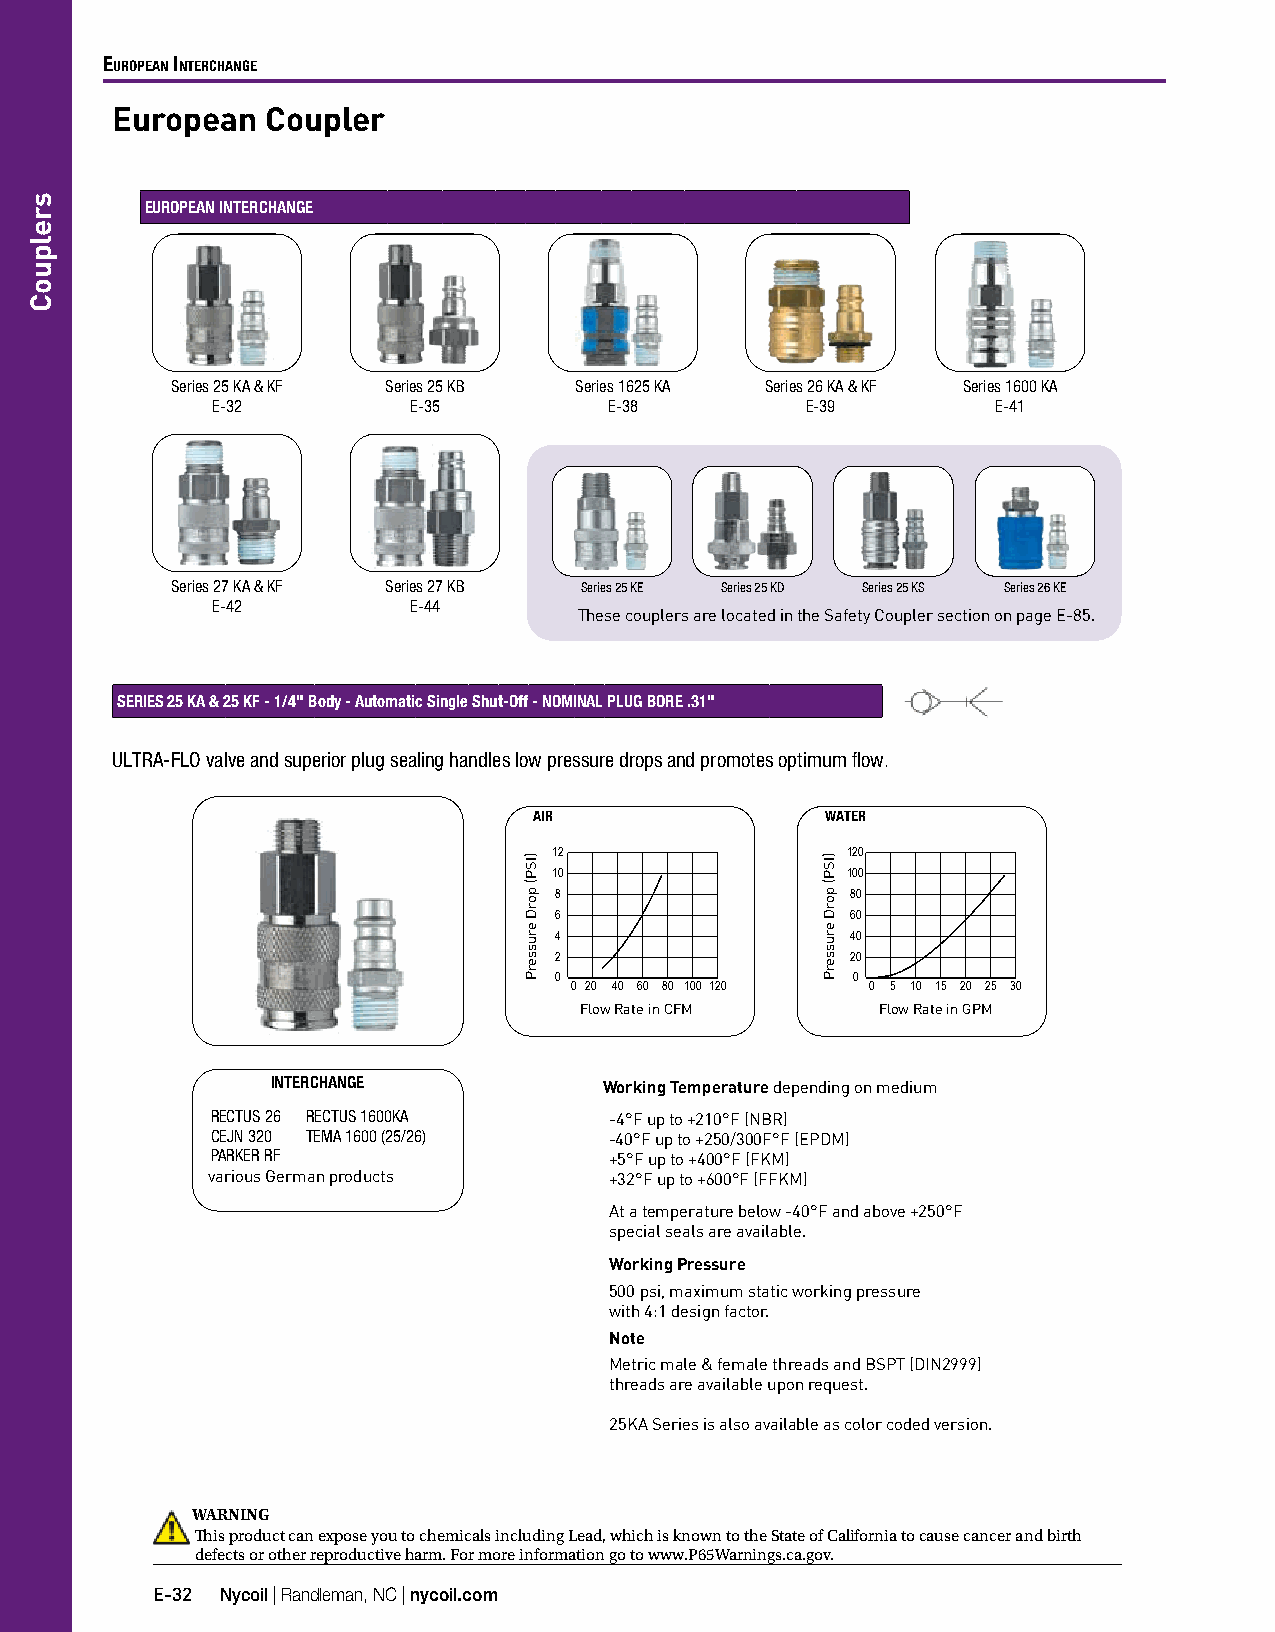
EuropEan IntErchangE
 European   Coupler
 EUROPEAN INTERCHANGE
 Series 25 KA & KF Series 25 KB Series 1625 KA Series 26 KA & KF Series 1600 KA
 E-32         E-35         E-38         E-39         E-41
 Series 27 KA & KF Series 27 KB Series 25 KE Series 25 KD Series 25 KS Series 26 KE
 E-42         E-44
 These couplers are located in the Safety Coupler section on page E-85.
 SERIES 25 KA & 25 KF - 1/4" Body - Automatic Single Shut-Off - NOMINAL PLUG BORE .31"
 ULTRA-FLO valve and superior plug sealing handles low pressure drops and promotes optimum flow.
 AIR                 WATER
 12                 120
 10                 100
 8                  80
 6                  60
 4                  40
 2                  20
 0                  0
 0 20 40 60 80 100 120 0 5 10 15 20 25 30
 Flow Rate in CFM    Flow Rate in GPM
 INTERCHANGE           Working Temperature depending on medium
 RECTUS 26 RECTUS 1600KA   -4°F up to +210°F (NBR)
 CEJN 320 TEMA 1600 (25/26) -40°F up to +250/300F°F (EPDM)
 PARKER RF                 +5°F up to +400°F (FKM)
 various German products   +32°F up to +600°F (FFKM)
 At a temperature below -40°F and above +250°F
 special seals are available.
 Working Pressure
 500 psi, maximum static working pressure
 with 4:1 design factor.
 Note
 Metric male & female threads and BSPT (DIN2999)
 threads are available upon request.
 25KA Series is also available as color coded version.
 WARNING
 This product can expose you to chemicals including Lead, which is known to the State of California to cause cancer and birth
 defects or other reproductive harm. For more information go to www.P65Warnings.ca.gov.
 E-32 Nycoil | Randleman, NC | nycoil.com
 srelpuoC
 )ISP(
 porD
 erusserP
 )ISP(
 porD
 erusserP